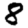
Digit: 8